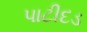
પાટીદડ